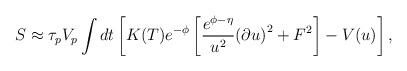
LaTeX: \begin{align*}S\approx \tau_pV_p\int dt \left[K(T)e^{-\phi}\left[ {e^{\phi - \eta}\over u^2}{(\partial u)}^2 + F^2\right] - V(u)\right],\end{align*}